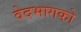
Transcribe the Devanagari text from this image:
वेदभागको